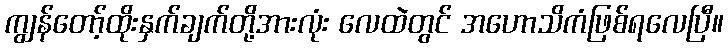
ကျွန်တော့်ထိုးနှက်ချက်တို့အားလုံး လေထဲတွင် အဟောသိကံဖြစ်ရလေပြီ။